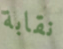
نقابة